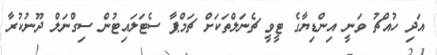
އަދި ހުއްޗު ވަނީ އިންޑިޔާގެ ޓީވީ ޗެނަލްތަކަށް ޗަމްޕާ ސެޓަލައިޓުން ސިގްނަލް ދޫނުކުރާ